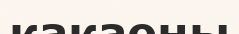
какаоны